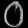
Digit: ၀